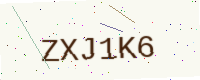
Text: ZXJ1K6